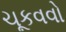
ચૂકવવો